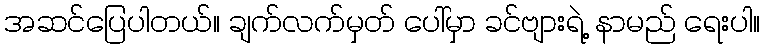
အဆင်ပြေပါတယ်။ ချက်လက်မှတ် ပေါ်မှာ ခင်ဗျားရဲ့ နာမည် ရေးပါ။